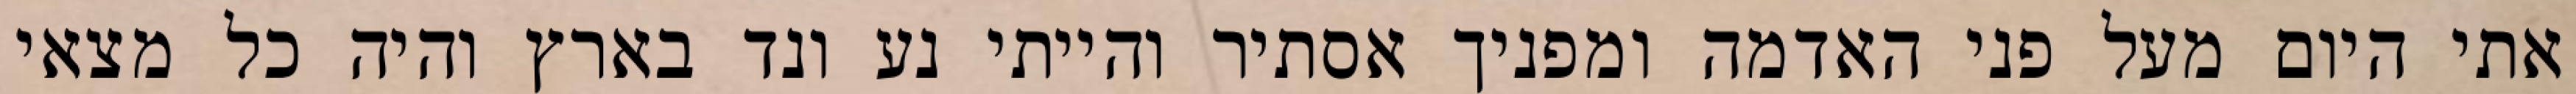
אתי היום מעל פני האדמה ומפניך אסתיר והייתי נע ונד בארץ והיה כל מצאי